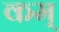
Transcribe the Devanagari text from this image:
कम्‌